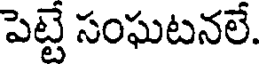
పెట్టే సంఘటనలే.